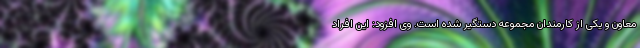
معاون و یکی از کارمندان مجموعه دستگیر شده است. وی افزود: این افراد